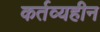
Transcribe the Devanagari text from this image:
कर्तव्यहीन